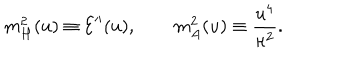
m _ { H } ^ { 2 } ( u ) \equiv { \cal E } ^ { \prime \prime } ( u ) , \qquad m _ { A } ^ { 2 } ( u ) \equiv \frac { u ^ { 4 } } { \kappa ^ { 2 } } .